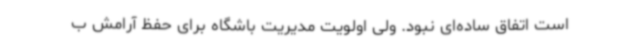
است اتفاق ساده‌ای نبود. ولی اولویت مدیریت باشگاه برای حفظ آرامش ب